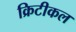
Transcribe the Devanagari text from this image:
क्रिटीकल